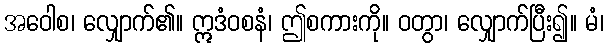
အဝေါစ၊ လျှောက်၏။ ဣဒံဝစနံ၊ ဤစကားကို။ ဝတွာ၊ လျှောက်ပြီး၍။ မံ၊